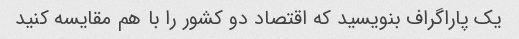
یک پاراگراف بنویسید که اقتصاد دو کشور را با هم مقایسه کنید